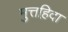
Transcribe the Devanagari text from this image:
मुत्तह़िदा